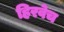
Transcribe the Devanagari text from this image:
हिरवेच